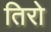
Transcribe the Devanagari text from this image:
तिरो